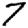
Digit: 7